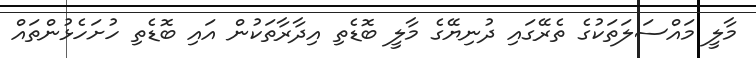
މާލީ މައްސަލަތަކުގެ ތެރޭގައި ދުނިޔޭގެ މާލީ ބޮޑެތި އިދާރާތަކުން އައި ބޮޑެތި ހުށަހެޅުންތައް